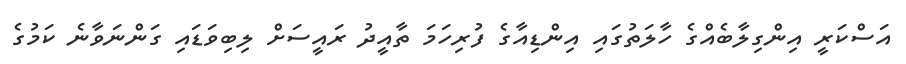
އަސްކަރީ އިންގިލާބެއްގެ ހާލަތުގައި އިންޑިއާގެ ފުރިހަމަ ތާއީދު ރައީސަށް ލިބިވަޑައި ގަންނަވާނެ ކަމުގެ